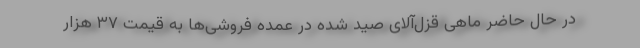
در حال حاضر ماهی قزل‌آلای صید شده در عمده فروشی‌ها به قیمت ۳۷ هزار